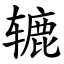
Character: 辘